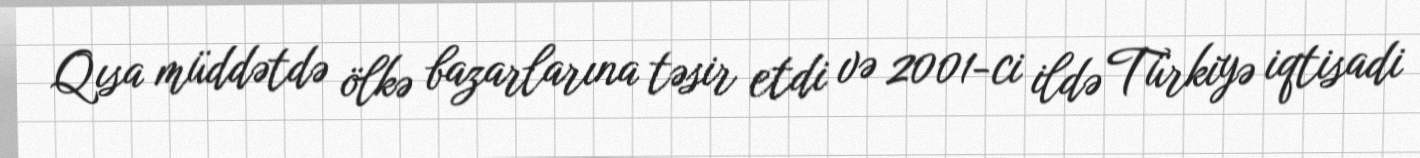
Qısa müddətdə ölkə bazarlarına təsir etdi və 2001-ci ildə Türkiyə iqtisadi